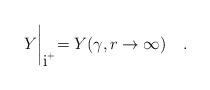
LaTeX: \begin{align*}Y\biggl |_{\mbox{i}^+}=Y(\gamma,r\to\infty)\quad .\end{align*}